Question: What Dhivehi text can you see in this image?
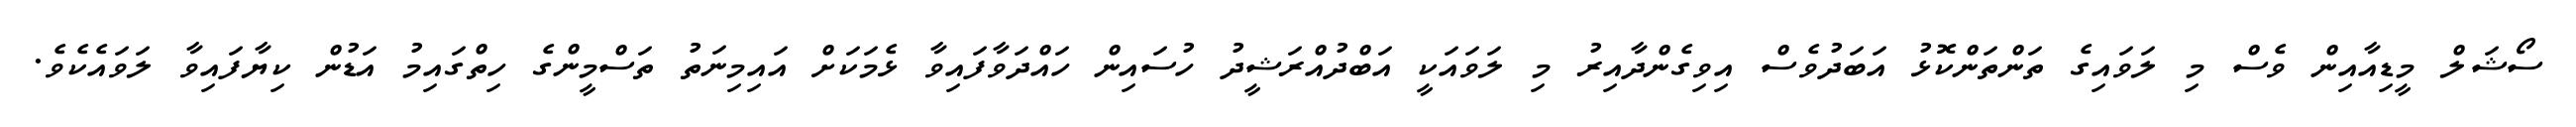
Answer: ސޯޝަލް މީޑިއާއިން ވެސް މި ލަވައިގެ ތަންތަންކޮޅު އަބަދުވެސް އިވިގެންދާއިރު މި ލަވައަކީ އަބްދުއްރަޝީދު ހުސައިން ހައްދަވާފައިވާ ޅެމަކަށް އައިމިނަތު ތަސްމީންގެ ހިތްގައިމު އަޑުން ކިޔާފައިވާ ލަވައެކެވެ.